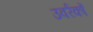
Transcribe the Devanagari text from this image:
उवर्रकों